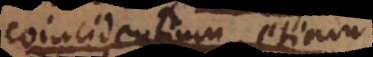
coincidentium) fit